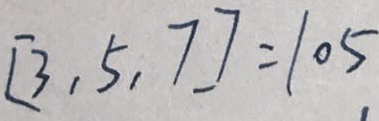
[ 3 , 5 , 7 ] = 1 0 5